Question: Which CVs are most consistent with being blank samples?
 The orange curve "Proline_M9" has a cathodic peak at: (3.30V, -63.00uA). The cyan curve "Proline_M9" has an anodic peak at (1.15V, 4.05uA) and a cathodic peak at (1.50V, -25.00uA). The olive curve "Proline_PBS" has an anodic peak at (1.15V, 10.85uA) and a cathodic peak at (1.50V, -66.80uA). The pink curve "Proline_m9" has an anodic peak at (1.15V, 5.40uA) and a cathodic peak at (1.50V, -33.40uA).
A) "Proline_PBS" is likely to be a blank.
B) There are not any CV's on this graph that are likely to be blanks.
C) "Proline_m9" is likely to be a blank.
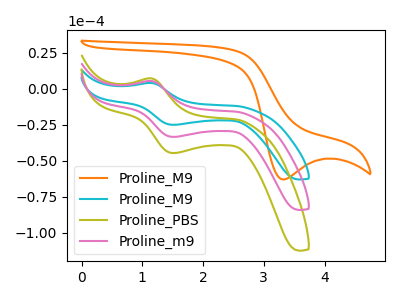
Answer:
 <answer>B) There are not any CV's on this graph that are likely to be blanks.</answer>
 <eval>B</eval>